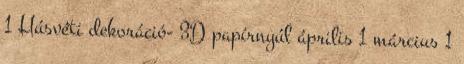
1 Húsvéti dekoráció- 3D papírnyúl április 1 március 1